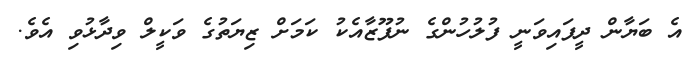
އެ ބަޔާން ދީފައިވަނީ ފުލުހުންގެ ނުފޫޒާއެކު ކަމަށް ޒިޔަތުގެ ވަކީލް ވިދާޅުވި އެވެ.